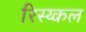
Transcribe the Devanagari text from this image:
रिस्य्कल